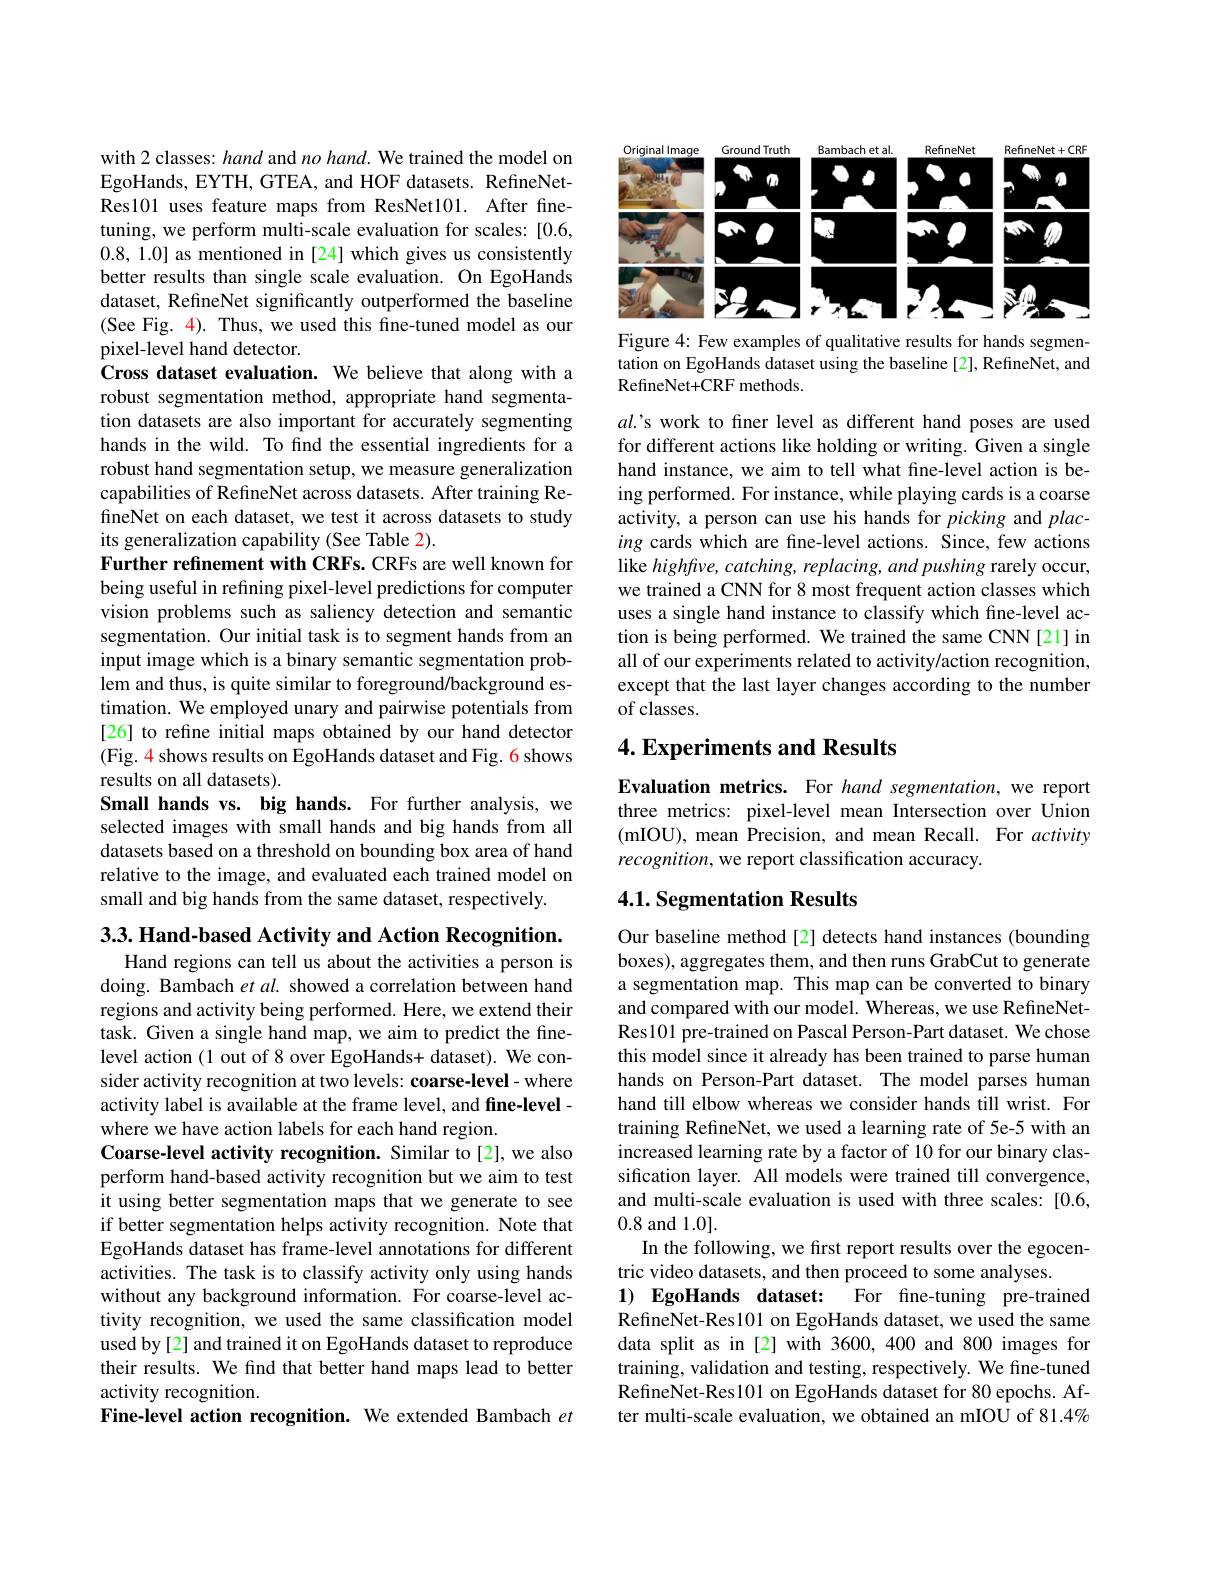
with 2 classes: hand and no hand. We trained the model on EgoHands, EYTH, GTEA, and HOF datasets. RefineNetRes101 uses feature maps from ResNet101. After finetuning, we perform multi-scale evaluation for scales: [0.6, 0.8, 1.0] as mentioned in [24] which gives us consistently better results than single scale evaluation. On EgoHands dataset, RefineNet significantly outperformed the baseline (See Fig. 4). Thus, we used this fine-tuned model as our pixel-level hand detector.
Cross dataset evaluation. We believe that along with a robust segmentation method, appropriate hand segmentation datasets are also important for accurately segmenting hands in the wild. To find the essential ingredients for a robust hand segmentation setup, we measure generalization capabilities of RefineNet across datasets. After training RefineNet on each dataset, we test it across datasets to study its generalization capability (See Table 2).
Further refinement with CRFs. CRFs are well known for being useful in refining pixel-level predictions for computer vision problems such as saliency detection and semantic segmentation. Our initial task is to segment hands from an input image which is a binary semantic segmentation problem and thus, is quite similar to foreground/background estimation. We employed unary and pairwise potentials from [26] to refine initial maps obtained by our hand detector (Fig. 4 shows results on EgoHands dataset and Fig. 6 shows results on all datasets).
Small hands vs. big hands. For further analysis, we selected images with small hands and big hands from all datasets based on a threshold on bounding box area of hand relative to the image, and evaluated each trained model on small and big hands from the same dataset, respectively. $3. 3. \textbf{Hand- based Activity and Action Recognition. }$

Hand regions can tell us about the activities a person is doing. Bambach et al. showed a correlation between hand regions and activity being performed. Here, we extend their task. Given a single hand map, we aim to predict the finelevel action (1 out of 8 over EgoHands+ dataset). We consider activity recognition at two levels: coarse-level- where activity label is available at the frame level, and fine-level - where we have action labels for each hand region.
Coarse-level activity recognition. Similar to[2], we also perform hand-based activity recognition but we aim to test it using better segmentation maps that we generate to see if better segmentation helps activity recognition. Note that EgoHands dataset has frame-level annotations for different activities. The task is to classify activity only using hands without any background information. For coarse-level activity recognition, we used the same classification model used by[2] and trained it on EgoHands dataset to reproduce their results. We find that better hand maps lead to better activity recognition.
Fine-level action recognition. We extended Bambach $et$

<FigureHere>

Figure 4: Few examples of qualitative results for hands segmentation on EgoHands dataset using the baseline [2], RefineNet, and RefineNet+CRF methods.

al.'s work to finer level as different hand poses are used for different actions like holding or writing. Given a single hand instance, we aim to tell what fine-level action is being performed. For instance, while playing cards is a coarse activity, a person can use his hands for picking and placing cards which are fine-level actions. Since, few actions like highftve, catching, replacing, and pushing rarely occur, we trained a CNN for 8 most frequent action classes which uses a single hand instance to classify which fine-level action is being performed. We trained the same CNN[21] in all of our experiments related to activity/action recognition, except that the last layer changes according to the number of classes.

## 4. Experiments and Results

Evaluation metrics. For hand segmentation, we report three metrics: pixel-level mean Intersection over Union (mIOU), mean Precision, and mean Recall. For activity recognition, we report classification accuracy

## 4.1. Segmentation Results

Our baseline method[2] detects hand instances (bounding boxes), aggregates them, and then runs GrabCut to generate a segmentation map. This map can be converted to binary and compared with our model. Whereas, we use RefineNetRes101 pre-trained on Pascal Person-Part dataset. We chose this model since it already has been trained to parse human hands on Person-Part dataset. The model parses human hand till elbow whereas we consider hands till wrist. For training RefineNet, we used a learning rate of 5e-5 with an increased learning rate by a factor of 10 for our binary classification layer. All models were trained till convergence, and multi-scale evaluation is used with three scales: [0.6, 0.8 and 1.0].
In the following, we first report results over the egocen-
tric video datasets, and then proceed to some analyses.
1) EgoHands dataset: For fine-tuning pre-trained RefineNet-Res101 on EgoHands dataset, we used the same data split as in [2] with 3600,400 and 800 images for training, validation and testing, respectively. We fine-tuned RefineNet-Res101 on EgoHands dataset for 80 epochs. After multi-scale evaluation, we obtained an mIOU of 81.4%